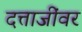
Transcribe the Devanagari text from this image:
दत्ताजींवर